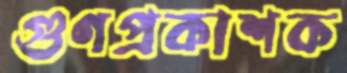
গুণপ্রকাশক